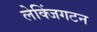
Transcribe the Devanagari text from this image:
लेक्जिंगटन